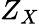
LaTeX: Z_{X}